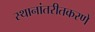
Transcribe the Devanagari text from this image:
स्थानांतरीतकरणे